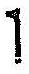
1